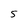
Character: 5